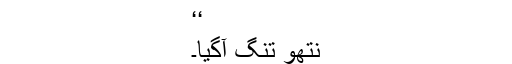
‘‘
نتھو تنگ آگیا۔